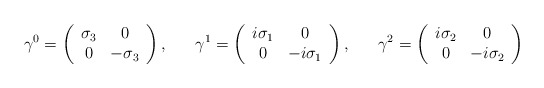
\begin{align*}\gamma^0 = \left( \begin{array}{cc} \sigma_3 & 0 \\ 0 & -\sigma_3 \end{array}\right),\ \ \ \ \ \gamma^1 = \left( \begin{array}{cc} i\sigma_1 & 0 \\ 0 & -i\sigma_1 \end{array}\right),\ \ \ \ \ \gamma^2 = \left( \begin{array}{cc} i\sigma_2 & 0 \\ 0 & -i\sigma_2 \end{array}\right)\end{align*}